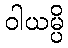
ဝါယမ္ပိ